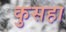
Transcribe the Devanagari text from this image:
कुसहा